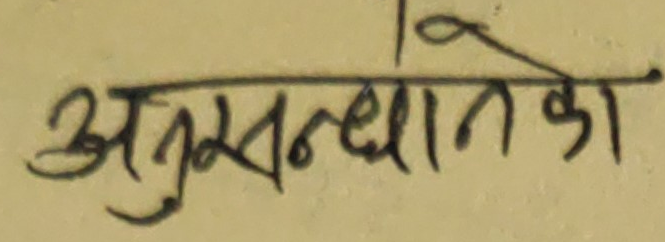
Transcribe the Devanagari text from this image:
अनुसन्धानका